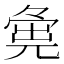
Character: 𡖴